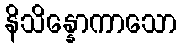
နိသိန္နောကာသော